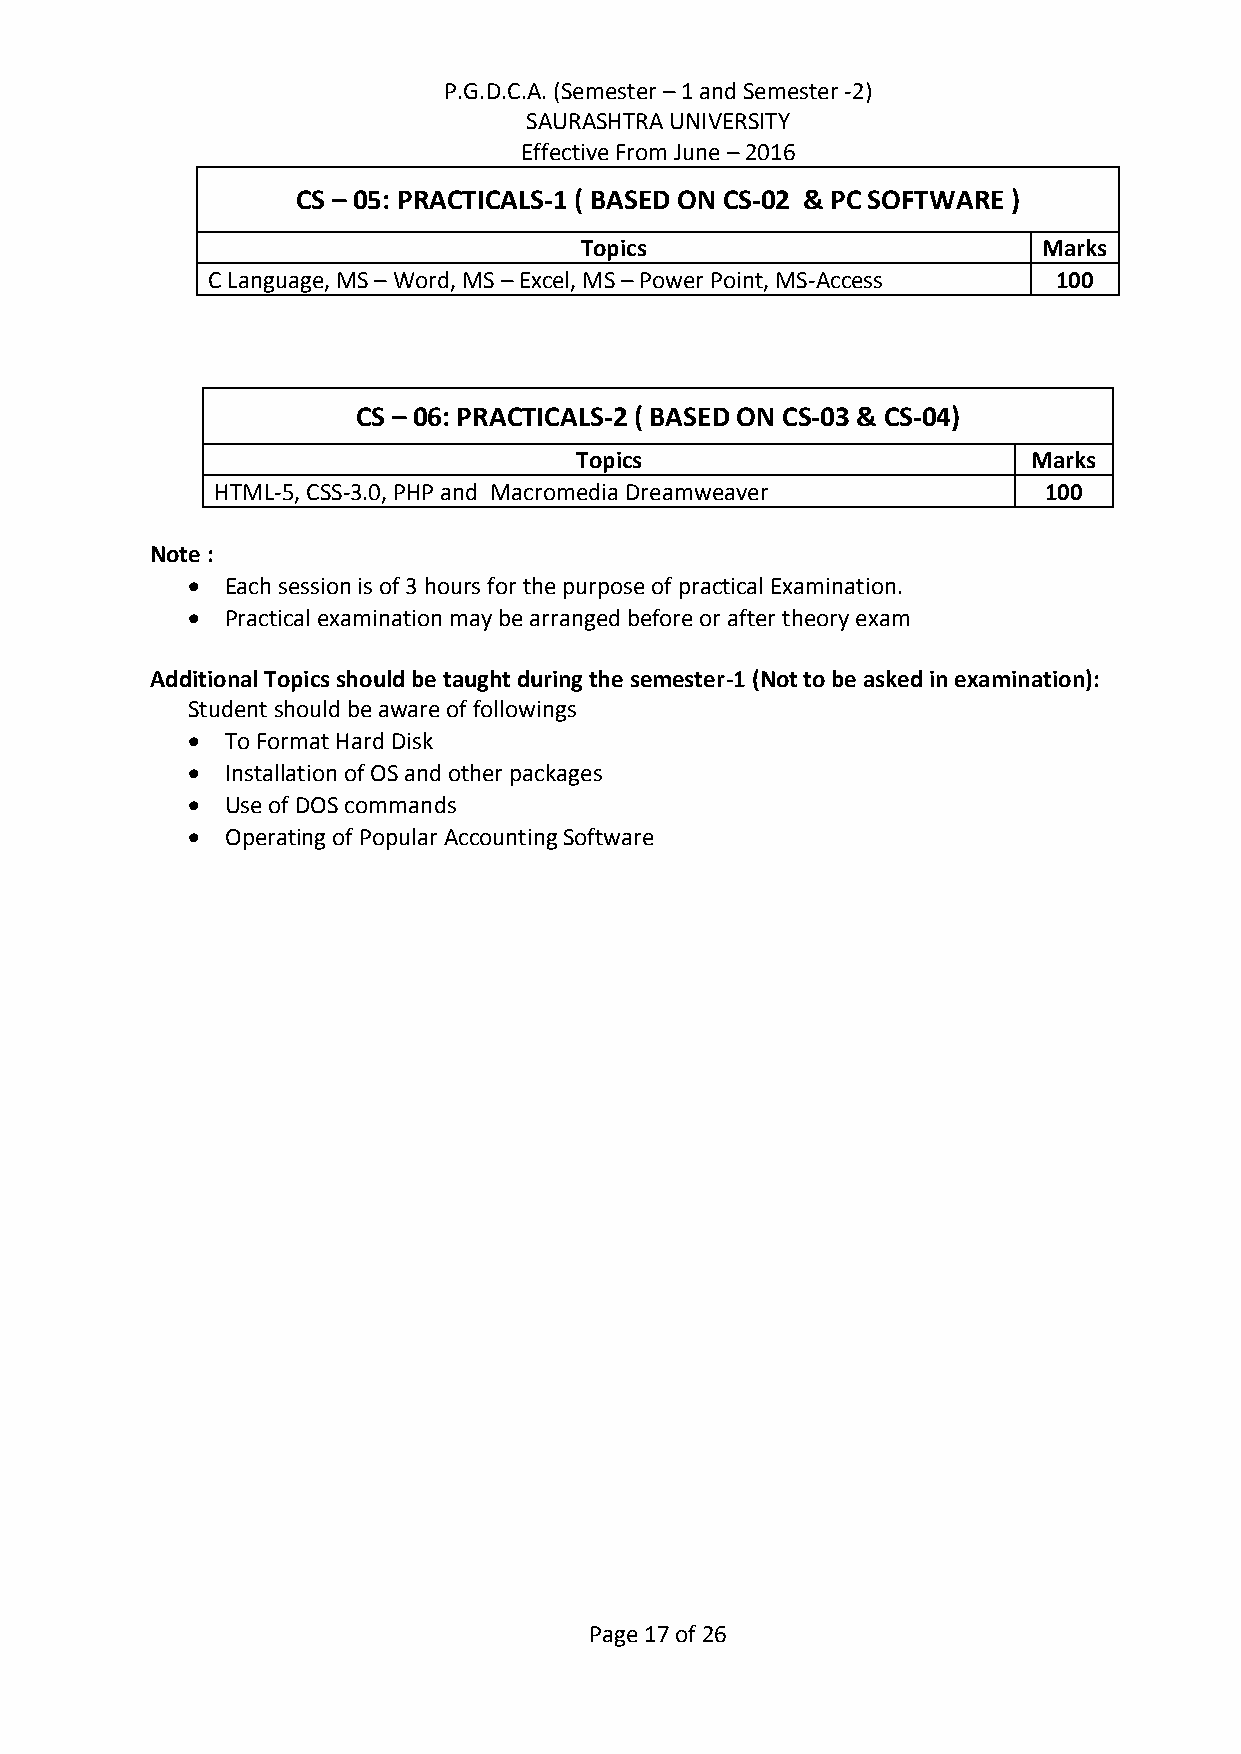
P.G.D.C.A. (Semester – 1 and Semester -2)
 SAURASHTRA UNIVERSITY
 Effective From June – 2016
 CS – 05: PRACTICALS-1 ( BASED ON CS-02 & PC SOFTWARE )
 Topics                         Marks
 C Language, MS – Word, MS – Excel, MS – Power Point, MS-Access 100
 CS – 06: PRACTICALS-2 ( BASED ON CS-03 & CS-04)
 Topics                        Marks
 HTML-5, CSS-3.0, PHP and Macromedia Dreamweaver        100
 Note :
   Each session is of 3 hours for the purpose of practical Examination.
   Practical examination may be arranged before or after theory exam
 Additional Topics should be taught during the semester-1 (Not to be asked in examination):
 Student should be aware of followings
   To Format Hard Disk
   Installation of OS and other packages
   Use of DOS commands
   Operating of Popular Accounting Software
 Page 17 of 26